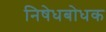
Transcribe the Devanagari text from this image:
निषेधबोधक